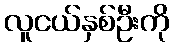
လူငယ်နှစ်ဦးကို